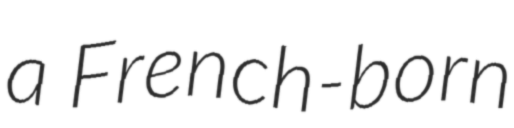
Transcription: a French-born